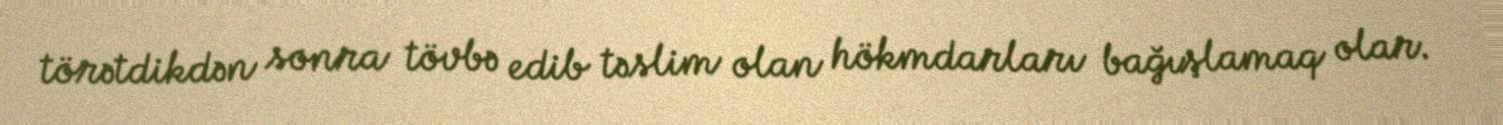
törətdikdən sonra tövbə edib təslim olan hökmdarları bağışlamaq olar.